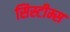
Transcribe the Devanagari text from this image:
सिस्टीम्स